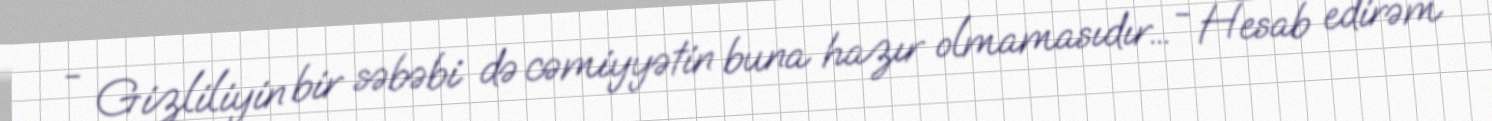
- Gizliliyin bir səbəbi də cəmiyyətin buna hazır olmamasıdır... - Hesab edirəm